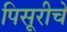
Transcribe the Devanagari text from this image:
पिसूरीचे